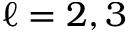
\ell = 2 , 3